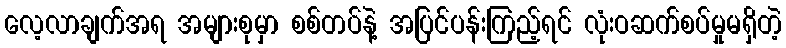
လေ့လာချက်အရ အများစုမှာ စစ်တပ်နဲ့ အပြင်ပန်းကြည့်ရင် လုံးဝဆက်စပ်မှုမရှိတဲ့